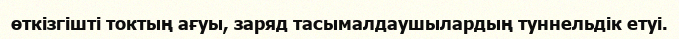
өткізгішті токтың ағуы, заряд тасымалдаушылардың туннельдік етуі.